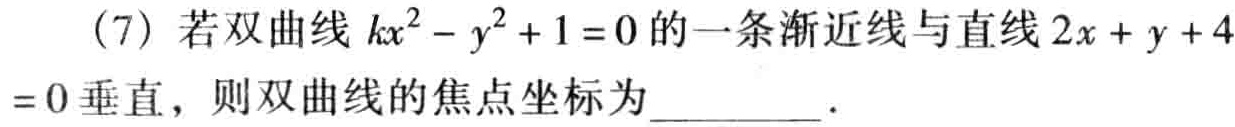
(7) 若双曲线 \(kx^{2}-y^{2}+1 = 0\) 的一条渐近线与直线 \(2x + y + 4 = 0\) 垂直，则双曲线的焦点坐标为  ．